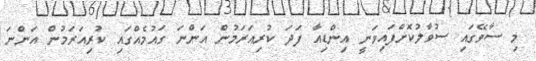
މި ސާވޭގައި ސުވާލުކޮށްފައިވަނީ އިންޑިއާ ފަދަ ކުރިއަރަމުން އަންނަ ގައުމެއްގައި ކުރިއަރަމުން އަންނަ